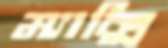
ম্যাক্সি